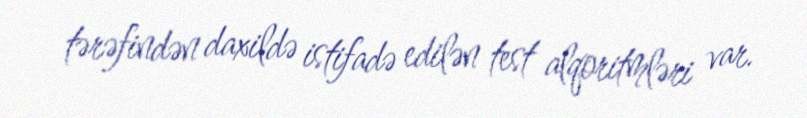
tərəfindən daxildə istifadə edilən test alqoritmləri var.